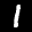
Label: 1